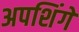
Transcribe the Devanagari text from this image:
अपशिंगे